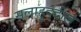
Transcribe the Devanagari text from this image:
सलाहुद्दील